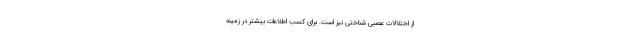
از اختلالات عصبی شناختی نیز است. برای کسب اطلاعات بیشتر در زمینه